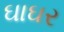
ઘાઘર